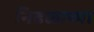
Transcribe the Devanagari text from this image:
निढळाच्या